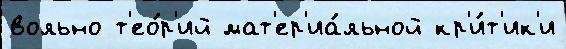
вольно т'ео́р'ий мат'ер'иа́льной кр'и́т'ик'и